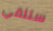
ستلقي